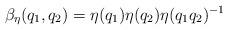
LaTeX: \begin{align*}\beta_\eta(q_1,q_2) = \eta(q_1) \eta(q_2) \eta(q_1 q_2)^{-1}\end{align*}